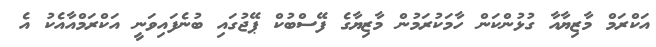
އަކްރަމް މާޒިޔާއާ ގުޅުންކަން ހާމަކުރަމުން މާޒިޔާގެ ފޭސްބުކް ޕޭޖުގައި ބުނެފައިވަނީ އަކްރަމްއާއެކު އެ